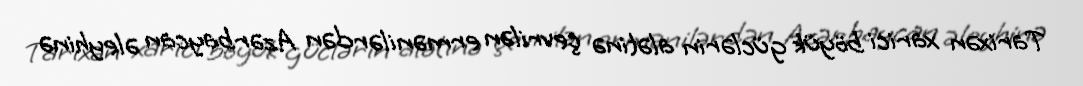
Tarixən xarici böyük güclərin alətinə çevrilən ermənilərdən Azərbaycan əleyhinə